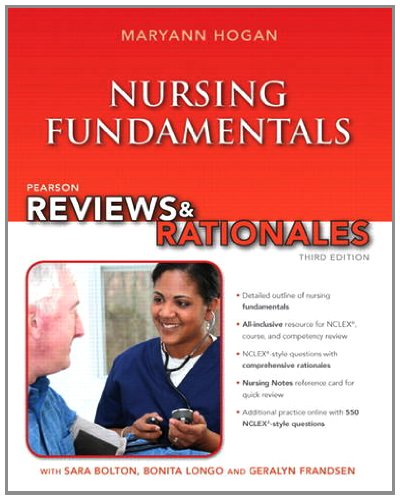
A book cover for Pearson Reviews & Rationales: Nursing Fundamentals with "Nursing Reviews & Rationales" (3rd Edition) (Reviews & Rationales Series); MaryAnn Hogan; Test Preparation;